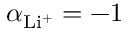
\alpha _ { \mathrm { L i ^ { + } } } = - 1